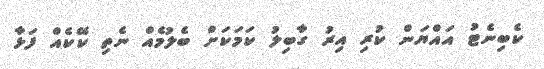
ކެބިނެޓު އައްޔަން ކުރި އިރު ގާބިލު ކަމަކަށް ބެލުމެއް ނެތި ކޭކެއް ފަޅާ